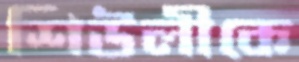
শিউলীকে